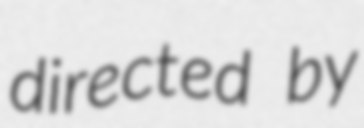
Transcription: directed by